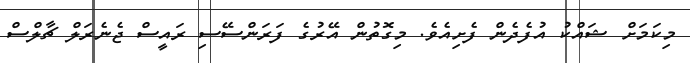
މިކަމަށް ޝައްކު އުފެދެން ފެށިއެވެ. މިގޮތުން އޭރުގެ ފަރަންސޭސި ރައީސް ޖެނެރަލް ޗާލްސް